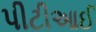
પીટીઆઈ